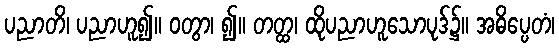
ပညာတိ၊ ပညာဟူ၍။ ဝတွာ၊ ၍။ တတ္ထ၊ ထိုပညာဟူသောပုဒ်၌။ အဓိပ္ပေတံ၊